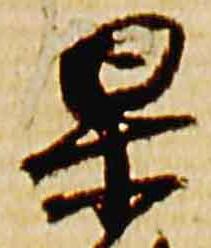
杲